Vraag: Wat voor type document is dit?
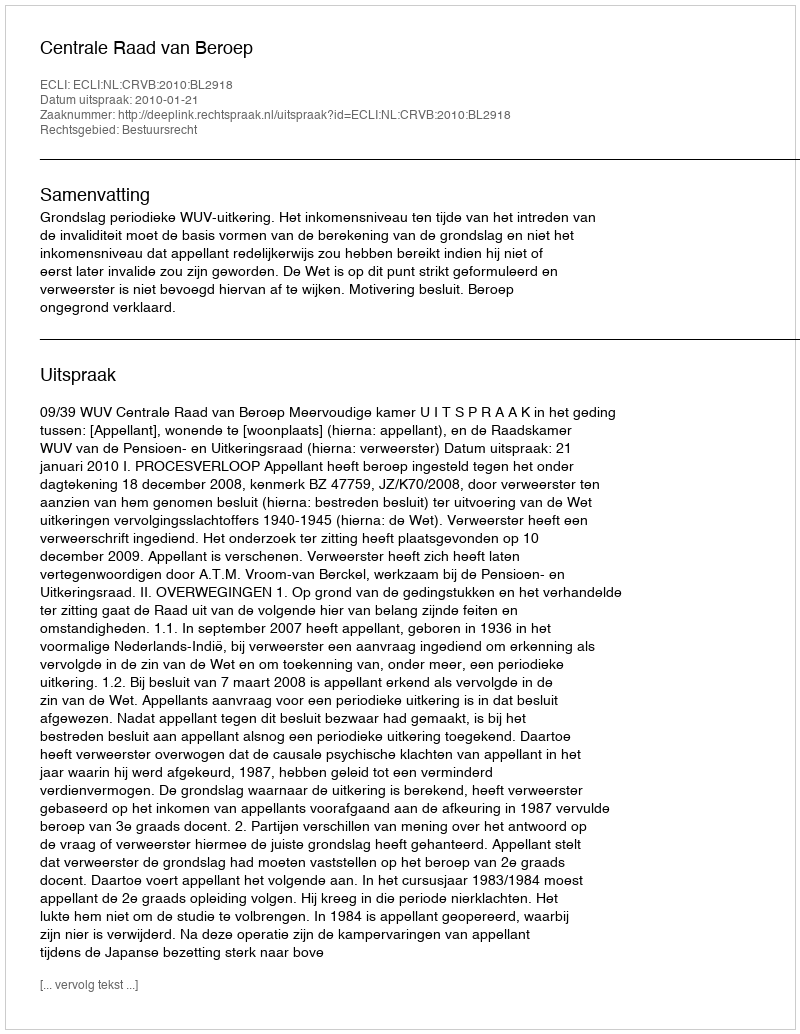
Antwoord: Uitspraak